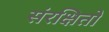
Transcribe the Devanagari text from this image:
संरक्षितो